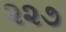
૨૨૭